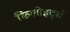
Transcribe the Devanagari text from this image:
किलोहर्ट्स